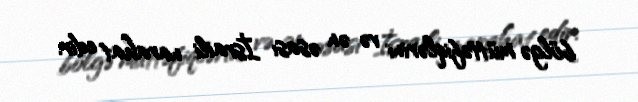
bölgə müttəfiqlərini və ən əsası İsraili narahat edir.